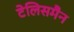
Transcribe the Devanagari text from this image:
टेलिसमैन